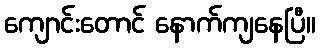
ကျောင်းတောင် နောက်ကျနေပြီ။